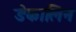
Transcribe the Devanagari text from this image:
डेकालिन